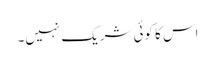
اس کا کوئی شریک نہیں۔